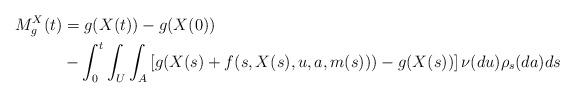
LaTeX: \begin{align*}M_g^X(t)&= g(X(t))-g(X(0)) \\&- \int_0^t\int_U\int_A \left[ g(X(s) + f(s,X(s), u, a, m(s))) -g(X(s))\right] \nu(du)\rho_s(da)ds\end{align*}